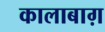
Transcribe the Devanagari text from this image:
कालाबाग़